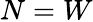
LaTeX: N=W